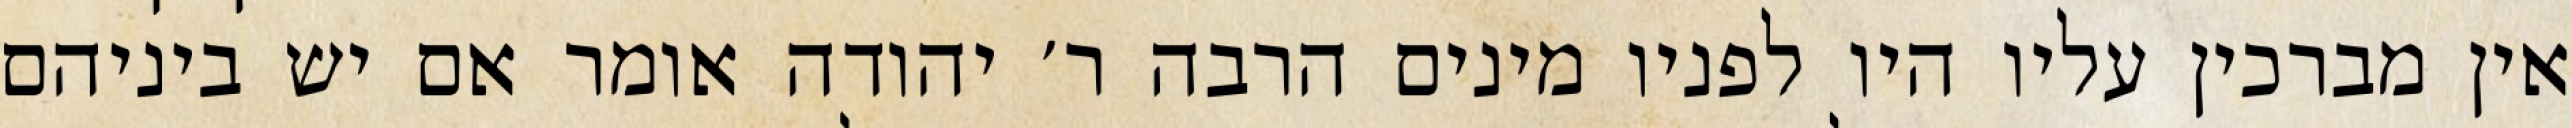
אין מברכין עליו היו לפניו מינים הרבה ר׳ יהודה אומר אם יש ביניהם